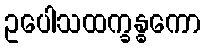
ဥပေါသထက္ခန္ဓကော